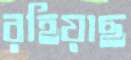
রহিয়াছ